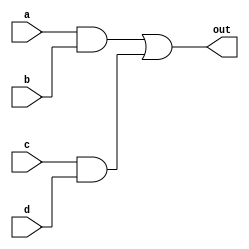
// Verilog code for F1
module f1 (a, b, c, d, out);

input a, b, c, d;
output out;
assign out = (a & b) | (c & d);

endmodule